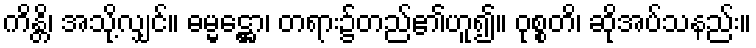
ကိန္တိ၊ အသို့လျှင်။ ဓမ္မဋ္ဌော၊ တရား၌တည်၏ဟူ၍။ ဝုစ္စတိ၊ ဆိုအပ်သနည်း။